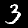
Digit: 3